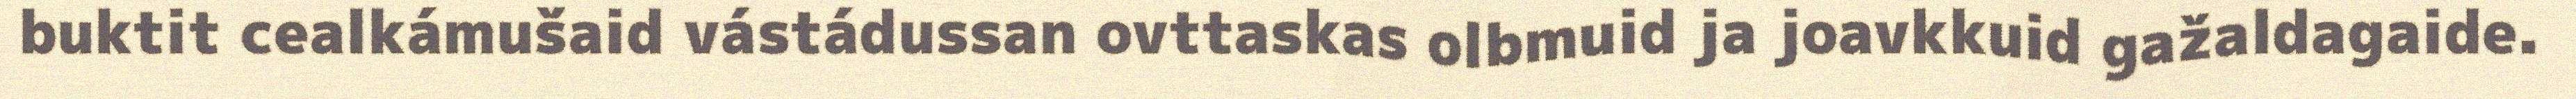
buktit cealkámušaid vástádussan ovttaskas olbmuid ja joavkkuid gažaldagaide.